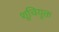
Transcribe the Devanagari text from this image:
शुचियुक्त